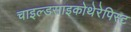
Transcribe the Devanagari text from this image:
चाइल्डसाइकोथेरेपिस्ट